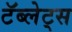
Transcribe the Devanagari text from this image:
टॅब्लेट्‍स